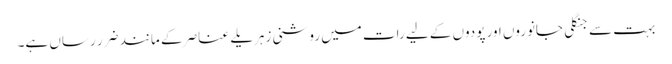
بہت سے جنگلی جانوروں اور پودوں کے لیے رات میں روشنی زہریلے عناصر کے مانند ضرر رساں ہے۔